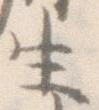
生